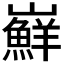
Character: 𭗴